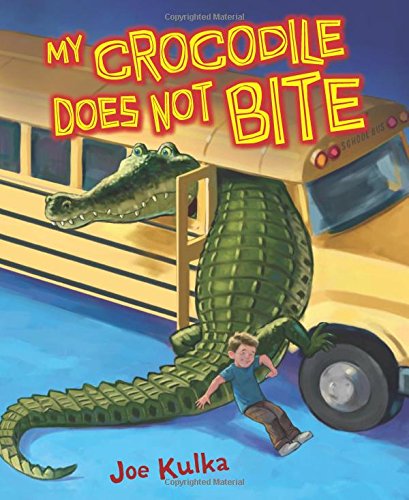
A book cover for My Crocodile Does Not Bite (Carolrhoda Picture Books); Joe Kulka; Children's Books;